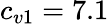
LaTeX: c_{v1}=7.1